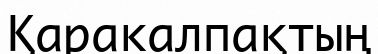
Қаракалпақтың